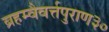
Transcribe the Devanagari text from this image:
ब्रहम्वैवर्त्तपुराण३०